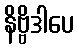
နိဗ္ဗိဒါပေ